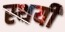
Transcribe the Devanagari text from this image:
स्‍थयी